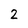
Character: 2